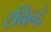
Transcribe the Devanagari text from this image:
रविन्द्रं